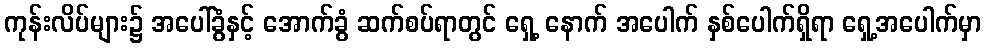
ကုန်းလိပ်များ၌ အပေါ်ခွံနှင့် အောက်ခွံ ဆက်စပ်ရာတွင် ရှေ့ နောက် အပေါက် နှစ်ပေါက်ရှိရာ ရှေ့အပေါက်မှာ